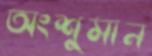
অংশুমান